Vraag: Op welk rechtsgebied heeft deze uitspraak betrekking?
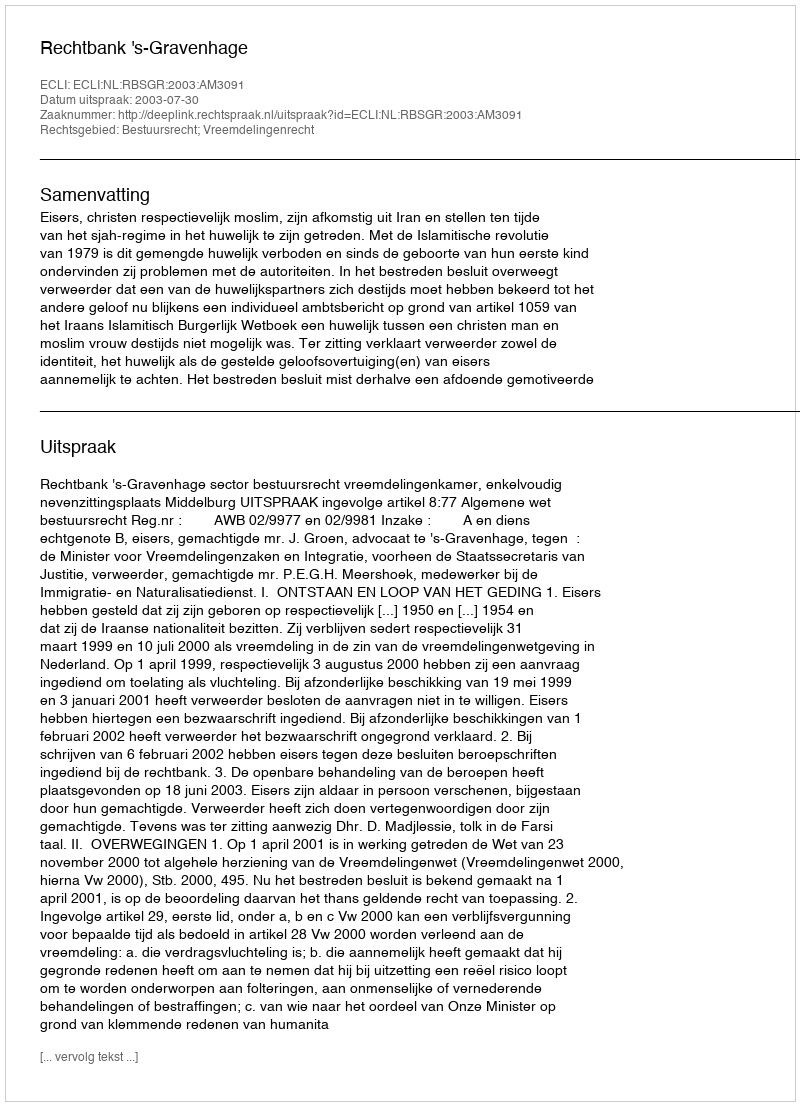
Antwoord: Bestuursrecht; Vreemdelingenrecht